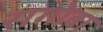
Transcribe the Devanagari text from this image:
रागोबा